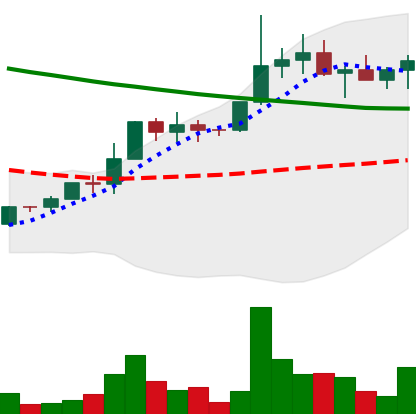
Ticker: EOS-USD
Chart end date: 2022-04-04
Forward return: -16.319%
Label: down_7plus